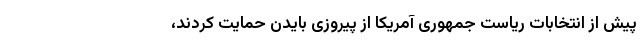
پیش از انتخابات ریاست جمهوری آمریکا از پیروزی بایدن حمایت کردند،